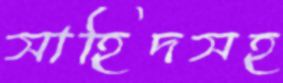
সাহিদসহ